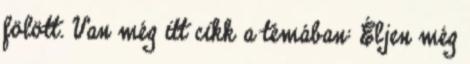
fölött. Van még itt cikk a témában: Éljen még